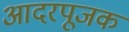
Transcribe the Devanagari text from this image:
आदरपूजक